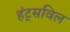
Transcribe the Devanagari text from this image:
हंट्सविल